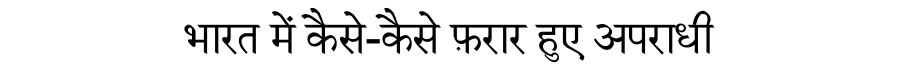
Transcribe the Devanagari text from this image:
भारत में कैसे-कैसे फ़रार हुए अपराधी